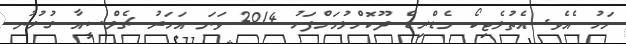
މަހު އެވެ. އެތުލެޓިކޯ މެޑްރިޑް ދޫކޮށްލުމަށްފަހު 2014 ވަނަ އަހަރު ޗެލްސީއާ ގުޅުނު